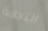
التجارية